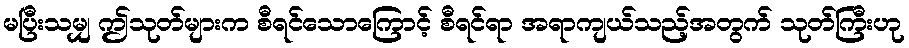
မပြီးသမျှ ဤသုတ်များက စီရင်သောကြောင့် စီရင်ရာ အရာကျယ်သည့်အတွက် သုတ်ကြီးဟု